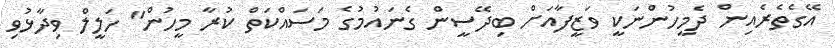
އޭގެތެރެއިން ދެމީހުންނަކީ ވަޒީފާއަށް ބިދޭސީން ގެނައުމުގެ މަސައްކަތް ކުރާ މީހުން" ހަލީލް ވިދާޅުވި